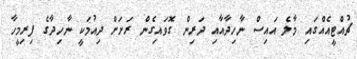
ޗުއްޓީއެއްގައި މާލެ އައިސް ނާހިދާއާއި ދަރިން ގޮވައިގެން ރަށަށް ދިއުމަކީ ނާހިދާގެ ފިރިމީހާ